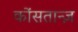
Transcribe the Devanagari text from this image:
कोंसतान्ज़